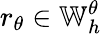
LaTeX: r_{\theta}\in\mathbb{W}_{h}^{\theta}